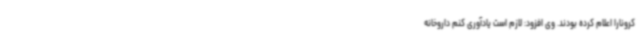
کرونارا اعلام کرده بودند. وی افزود: لازم است یادآوری کنم داروخانه